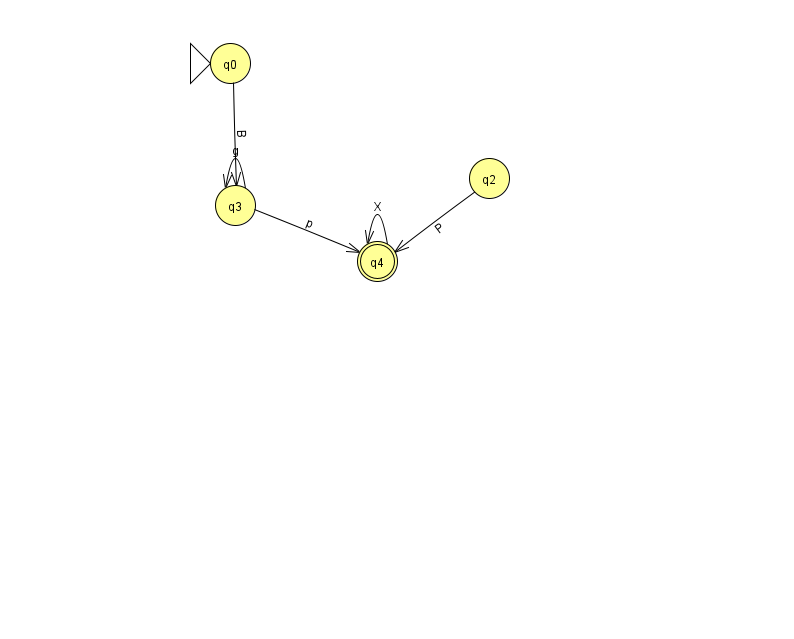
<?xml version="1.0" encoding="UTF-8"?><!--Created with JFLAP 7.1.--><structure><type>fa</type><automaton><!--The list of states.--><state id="0" name="q0"><x>230.0</x><y>50.0</y><initial/></state><state id="2" name="q2"><x>489.0</x><y>165.0</y></state><state id="3" name="q3"><x>235.0</x><y>192.0</y></state><state id="4" name="q4"><x>377.0</x><y>248.0</y><final/></state><!--The list of transitions.--><transition><from>0</from><to>3</to><read>B</read></transition><transition><from>3</from><to>4</to><read>p</read></transition><transition><from>3</from><to>3</to><read>g</read></transition><transition><from>4</from><to>4</to><read>X</read></transition><transition><from>2</from><to>4</to><read>P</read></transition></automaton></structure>